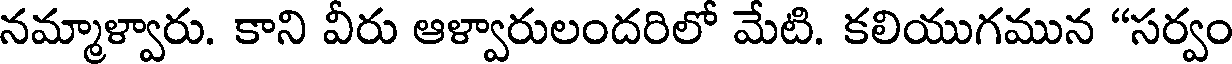
నమ్మాళ్వారు. కాని వీరు ఆళ్వారులందరిలో మేటి. కలియుగమున "సర్వం